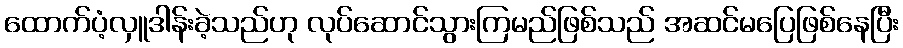
ထောက်ပံ့လှူဒါန်းခဲ့သည်ဟု လုပ်ဆောင်သွားကြမည်ဖြစ်သည် အဆင်မပြေဖြစ်နေပြီး